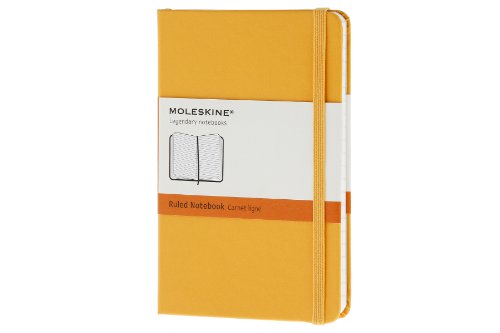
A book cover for Moleskine Classic Notebook, Pocket, Ruled, Orange Yellow, Hard Cover (3.5 x 5.5) (Classic Notebooks); Moleskine; Travel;